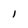
Character: I